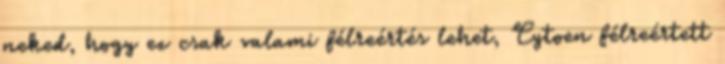
neked, hogy ez csak valami félreértés lehet, Cytoen félreértett